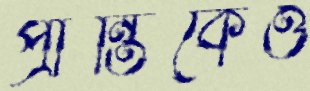
প্রান্তিকেও